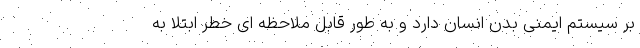
بر سیستم ایمنی بدن انسان دارد و به طور قابل ملاحظه ای خطر ابتلا به